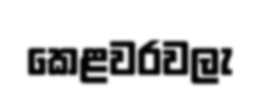
කෙළවරවලැ